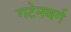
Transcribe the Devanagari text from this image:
गटेनवर्ग